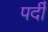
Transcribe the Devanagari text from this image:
पदीँ